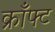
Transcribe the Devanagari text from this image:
क्राँफ्ट